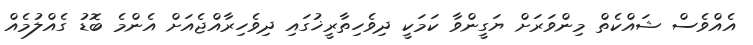
އެއްވެސް ޝައްކެތް މިންވަރަށް ޔަގީންވާ ކަމަކީ ދިވެހިތާރީޚުގައި ދިވެހިރާއްޖެއަށް އެންމެ ބޮޑު ގެއްލުމެއް